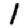
Digit: 1